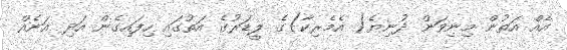
އެއް އަތުން މިނިވަން ދުނިޔެ( އެމެރިކާ)ގެ ލީޑަރުގެ އަތުގައި ހިފައިގެން އަދި އަނެއް